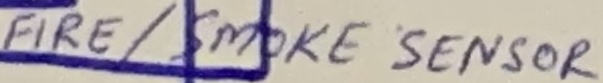
Text: FIRE/SMOKE SENSOR